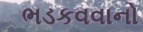
ભડકવવાનો